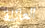
العائلة